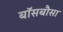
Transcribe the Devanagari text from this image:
बॉसबौसा